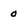
Character: 0